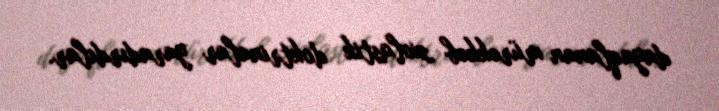
dayaqlanan mürəkkəb sxolastik doktrinalar yaradırdılar.